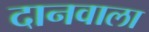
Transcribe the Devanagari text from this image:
दानवाला